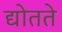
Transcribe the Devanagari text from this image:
द्योतते